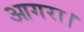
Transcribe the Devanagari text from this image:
आगरा।